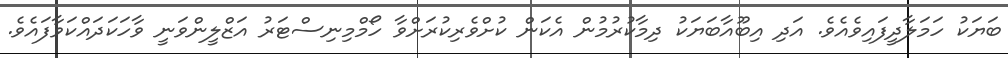
ބަޔަކު ހަމަލާދީފައިވެއެވެ. އަދި އިބޫއާބަޔަކު ދިމާކުރުމުން އެކަން ކުށްވެރިކުރަށްވާ ހޯމްމިނިސްޓަރު އަޒްލީންވަނީ ވާހަކަދައްކަވާފައެވެ.